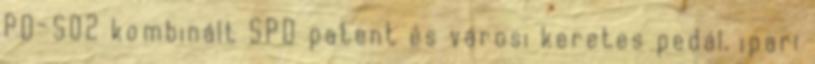
PD-S02 kombinált SPD patent és városi keretes pedál, ipari